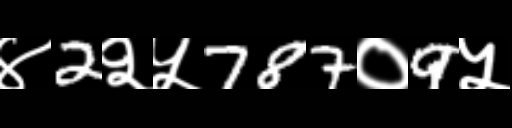
Text: ४2२५787०9५